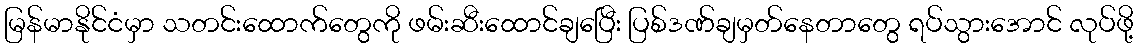
မြန်မာနိုင်ငံမှာ သတင်းထောက်တွေကို ဖမ်းဆီးထောင်ချပြေီး ပြစ်ဒဏ်ချမှတ်နေတာတွေ ရပ်သွားအောင် လုပ်ဖို့